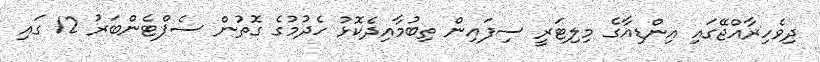
ދިވެހިރާއްޖޭގައި އިންޑިއާގެ މިލިޓަރީ ސިފައިން ތިބުމާއިދެކޮޅު ހެދުމުގެ ގޮތުން ސެޕްޓެންބަރު 12 ގައި